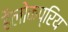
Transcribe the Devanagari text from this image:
हैलोकप्रिय